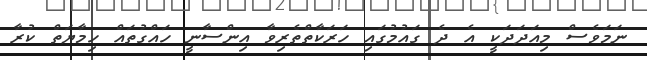
ނަމަވެސް މިއަދަދަކީ އެ ދެ ގައުމުގައި ހަރަކާތްތެރިވާ އިންސާނީ ހައްގުތައް ހިމާޔަތް ކުރާ